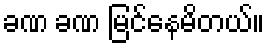
ခဏ ခဏ မြင်နေမိတယ်။